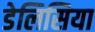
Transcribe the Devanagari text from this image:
डेलिसिया